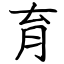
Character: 育